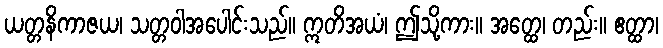
ယတ္တနိကာဇယ၊ သတ္တဝါအပေါင်းသည်။ ဣတိအယံ၊ ဤသို့ကား။ အတ္ထေ၊ တည်း။ ဧတ္ထာ၊